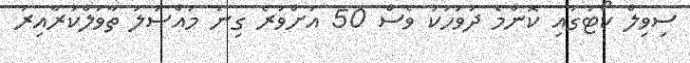
ސިވިލް ކޯޓުގައި ކޮންމެ ދުވަހަކު ވެސް 50 އަށްވުރެ ގިނަ މައްސަލަ ތާވަލްކުރާއިރު